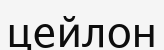
цейлон